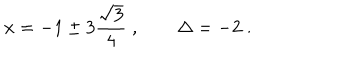
x = - 1 \pm 3 \frac { \sqrt { 3 } } { 4 } \; , \qquad \Delta = - 2 \; .